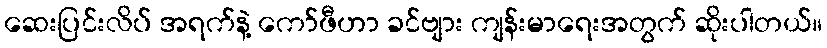
ဆေးပြင်းလိပ် အရက်နဲ့ ကော်ဖီဟာ ခင်ဗျား ကျန်းမာရေးအတွက် ဆိုးပါတယ်။